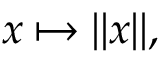
x \mapsto \| x \| ,